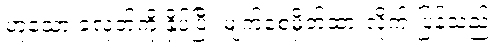
ဟူသော ခလုတ်ကို နှိပ်ပြီး မျက်စေ့မှိတ်ထားလိုက် ပြန်သည်။